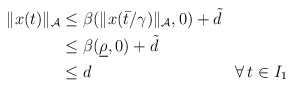
\begin{align*}\begin{aligned}\|x(t)\|_{\mathcal{A}} & \le \beta(\|x(\bar{t}/\gamma)\|_{\mathcal{A}},0) + \tilde{d}\\ & \le \beta(\underline{\rho},0) + \tilde{d}\\ & \le d && \forall\, t \in I_1\end{aligned}\end{align*}